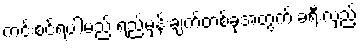
ကင်းစင်ရပါမည် ရည်မှန်းချက်တစ်ခုအတွက် ခရီးလှည့်